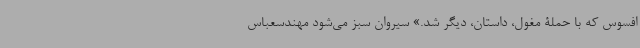
افسوس که با حملۀ مغول، داستان، دیگر شد.» سیروان سبز می‌شود مهندسعباس